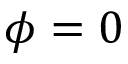
\phi = 0